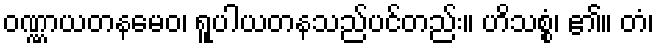
ဝဏ္ဏာယတနမေဝ၊ ရူပါယတနသည်ပင်တည်း။ ဟိသစ္စံ၊ ၏။ တံ၊